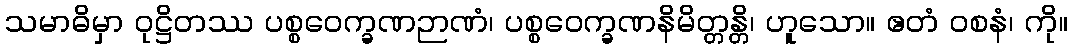
သမာဓိမှာ ဝုဋ္ဌိတဿ ပစ္စဝေက္ခဏဉာဏံ၊ ပစ္စဝေက္ခဏနိမိတ္တန္တိ၊ ဟူသော။ ဧတံ ဝစနံ၊ ကို။